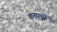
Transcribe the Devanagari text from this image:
वनपर्थी